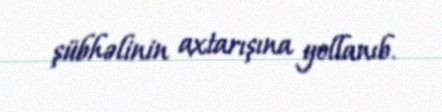
şübhəlinin axtarışına yollanıb.